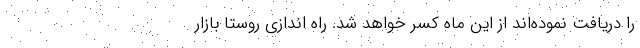
را دریافت نموده‌اند از این ماه کسر خواهد شد. راه اندازی روستا بازار